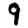
Digit: 9